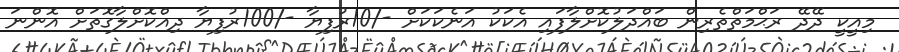
މިއީކީ ދޭދޭ ރަޙްމަތްތެރިން ބައްދަލުކޮށްލާފައި އެކަކު އަނެކަކަށް -/10ރުފިޔާ -/100ރުފިޔާ ދިއްކޮށްލާގޮތަށް އޮންނަ